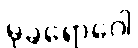
မုခရောဂေါ